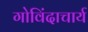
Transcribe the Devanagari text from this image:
गोविंदाचार्य